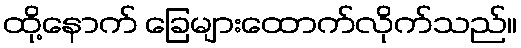
ထို့နောက် ခြေများထောက်လိုက်သည်။